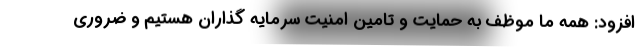
افزود: همه ما موظف به حمایت و تامین امنیت سرمایه گذاران هستیم و ضروری